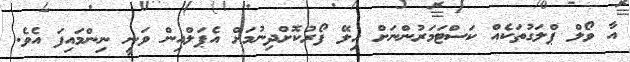
އާ ވޯލް ޕްލަގުތަކެއް ކަސްޓަމަރުންނަށް ހިލޭ ފޯރުކޮށްދިނުމަށް އެޕަލްއިން ވަނީ ނިންމައިފަ އެވެ.